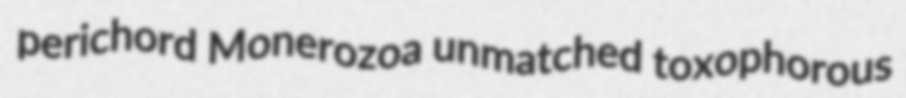
perichord Monerozoa unmatched toxophorous